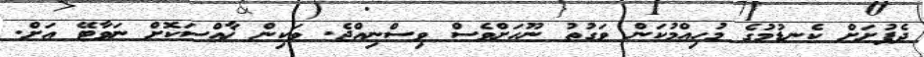
ދެފުށަށް ކެނޑުމުގެ މުހިއްމުކަން ވަގުތު ނޫހަށްވެސް ވިސްނިއްޖެ. ވަކިން ޚާއްސަކޮށް ނަވާޓޭ އަށް.